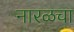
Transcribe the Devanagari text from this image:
नारळचा